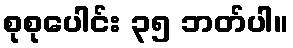
စုစုပေါင်း ၃၅ ဘတ်ပါ။